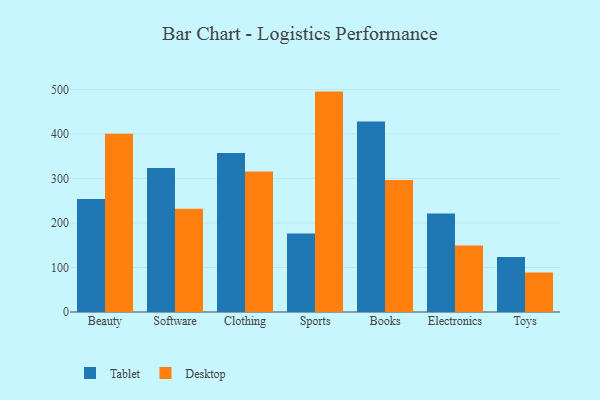
{"axis": {"x": "Category", "y": "Inventory Turnover"}, "legend": ["Desktop", "Tablet"], "data": [{"x": "Beauty", "y": 253.6, "type": "Tablet"}, {"x": "Beauty", "y": 400.2, "type": "Desktop"}, {"x": "Software", "y": 323.5, "type": "Tablet"}, {"x": "Software", "y": 232.2, "type": "Desktop"}, {"x": "Clothing", "y": 357.4, "type": "Tablet"}, {"x": "Clothing", "y": 315.6, "type": "Desktop"}, {"x": "Sports", "y": 176.3, "type": "Tablet"}, {"x": "Sports", "y": 495.1, "type": "Desktop"}, {"x": "Books", "y": 428.0, "type": "Tablet"}, {"x": "Books", "y": 296.6, "type": "Desktop"}, {"x": "Electronics", "y": 221.0, "type": "Tablet"}, {"x": "Electronics", "y": 149.3, "type": "Desktop"}, {"x": "Toys", "y": 123.4, "type": "Tablet"}, {"x": "Toys", "y": 88.6, "type": "Desktop"}]}